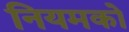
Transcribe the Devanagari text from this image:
नियमको